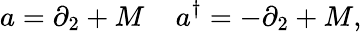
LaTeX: a=\partial_{2}+M\; \; \; \; a^{\dagger}=-\partial_{2}+M,